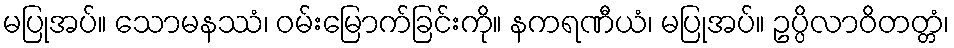
မပြုအပ်။ သောမနဿံ၊ ဝမ်းမြောက်ခြင်းကို။ နကရဏီယံ၊ မပြုအပ်။ ဥပ္ပိလာဝိတတ္တံ၊